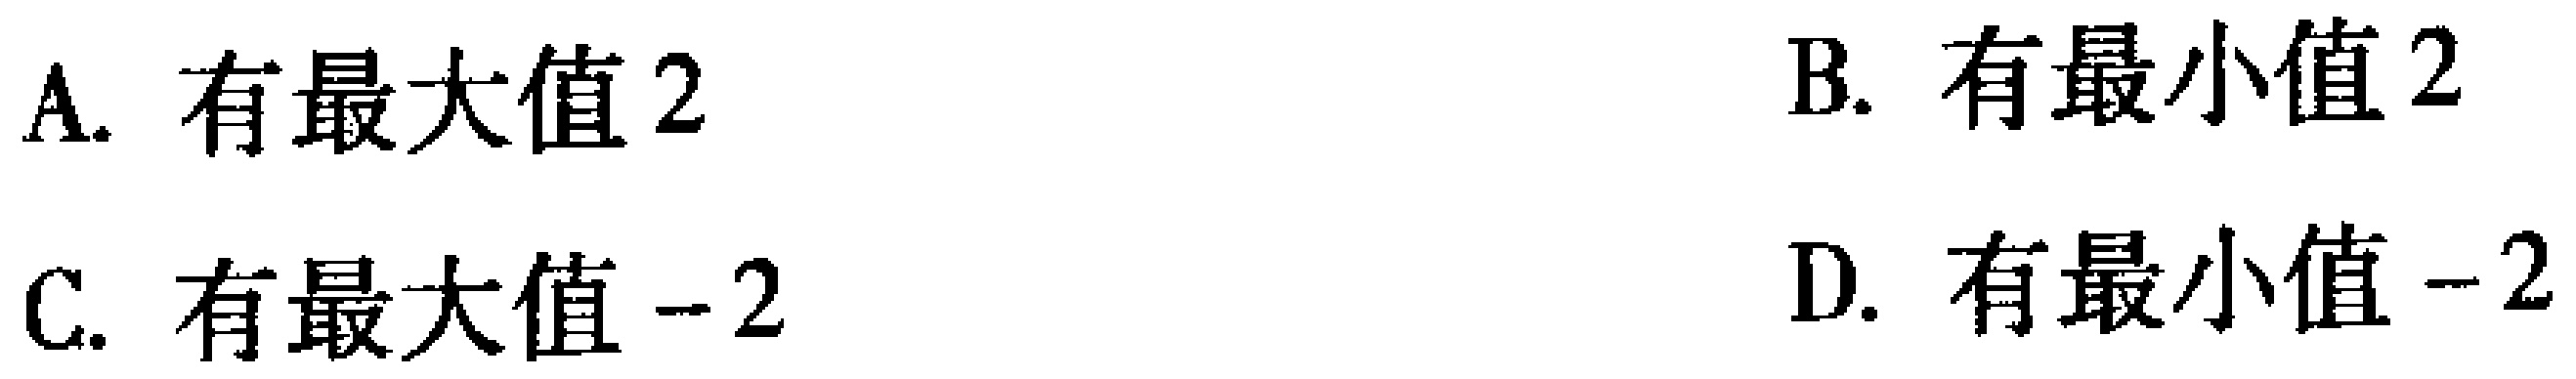
A. 有最大值2

B. 有最小值2

C. 有最大值$-2$

D. 有最小值$-2$